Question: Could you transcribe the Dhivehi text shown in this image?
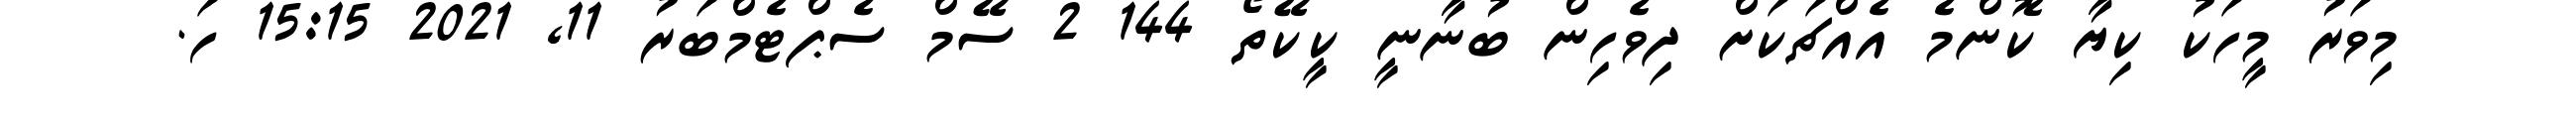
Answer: މިވަރު މީހަކު ކިޔާ ކޮންމެ އެއްޗަކަށް ދިވެހިން ބުނާނީ ކީކޭތޯ 144 2 ސޭމް ސެޕްޓެމްބަރު 11, 2021 15:15 ހަ.